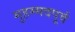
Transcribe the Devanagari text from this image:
मुहम्मदपूर्व